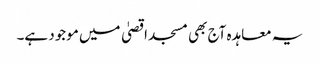
یہ معاہدہ آج بھی مسجد اقصیٰ میں موجود ہے۔